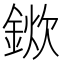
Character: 𨨢